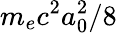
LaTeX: m_{e}c^{2}a_{0}^{2}/8